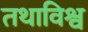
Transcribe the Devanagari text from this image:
तथाविश्व